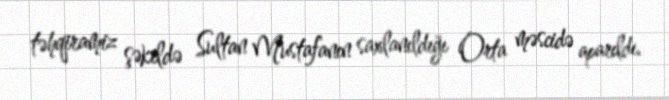
təhqiramiz şəkildə Sultan Mustafanın saxlanıldığı Orta məscidə aparıldı.